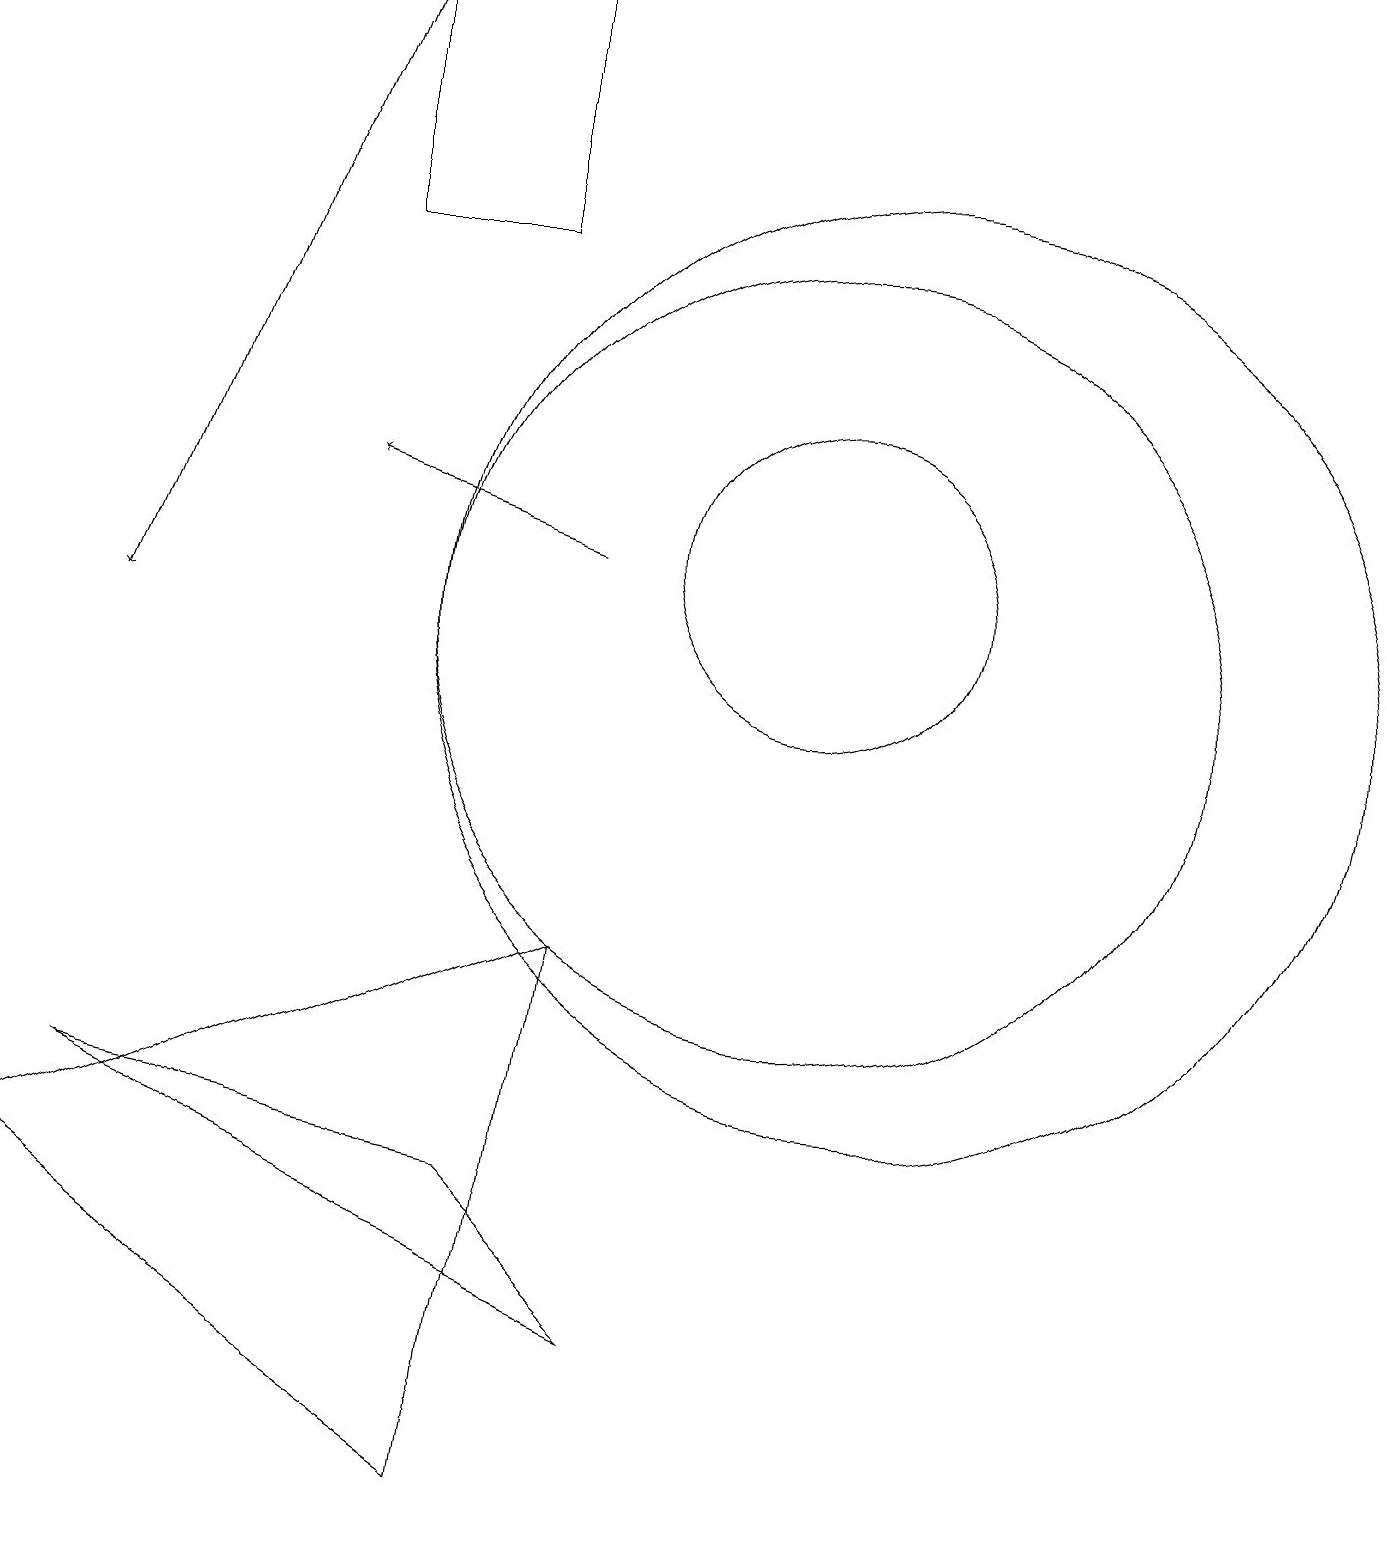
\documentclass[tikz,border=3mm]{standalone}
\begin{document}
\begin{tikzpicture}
\draw (11,11) circle (6);
\draw (6,19) rectangle (4,16);
\draw (10,12) circle (2);
\draw (8,2) -- (1,5) -- (6,4) -- cycle;
\draw[->] (7,12) -- (4,13);
\draw[->] (4,19) -- (1,11);
\draw (10,11) circle (5);
\draw (6,0) -- (0,4) -- (7,7) -- cycle;
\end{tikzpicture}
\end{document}